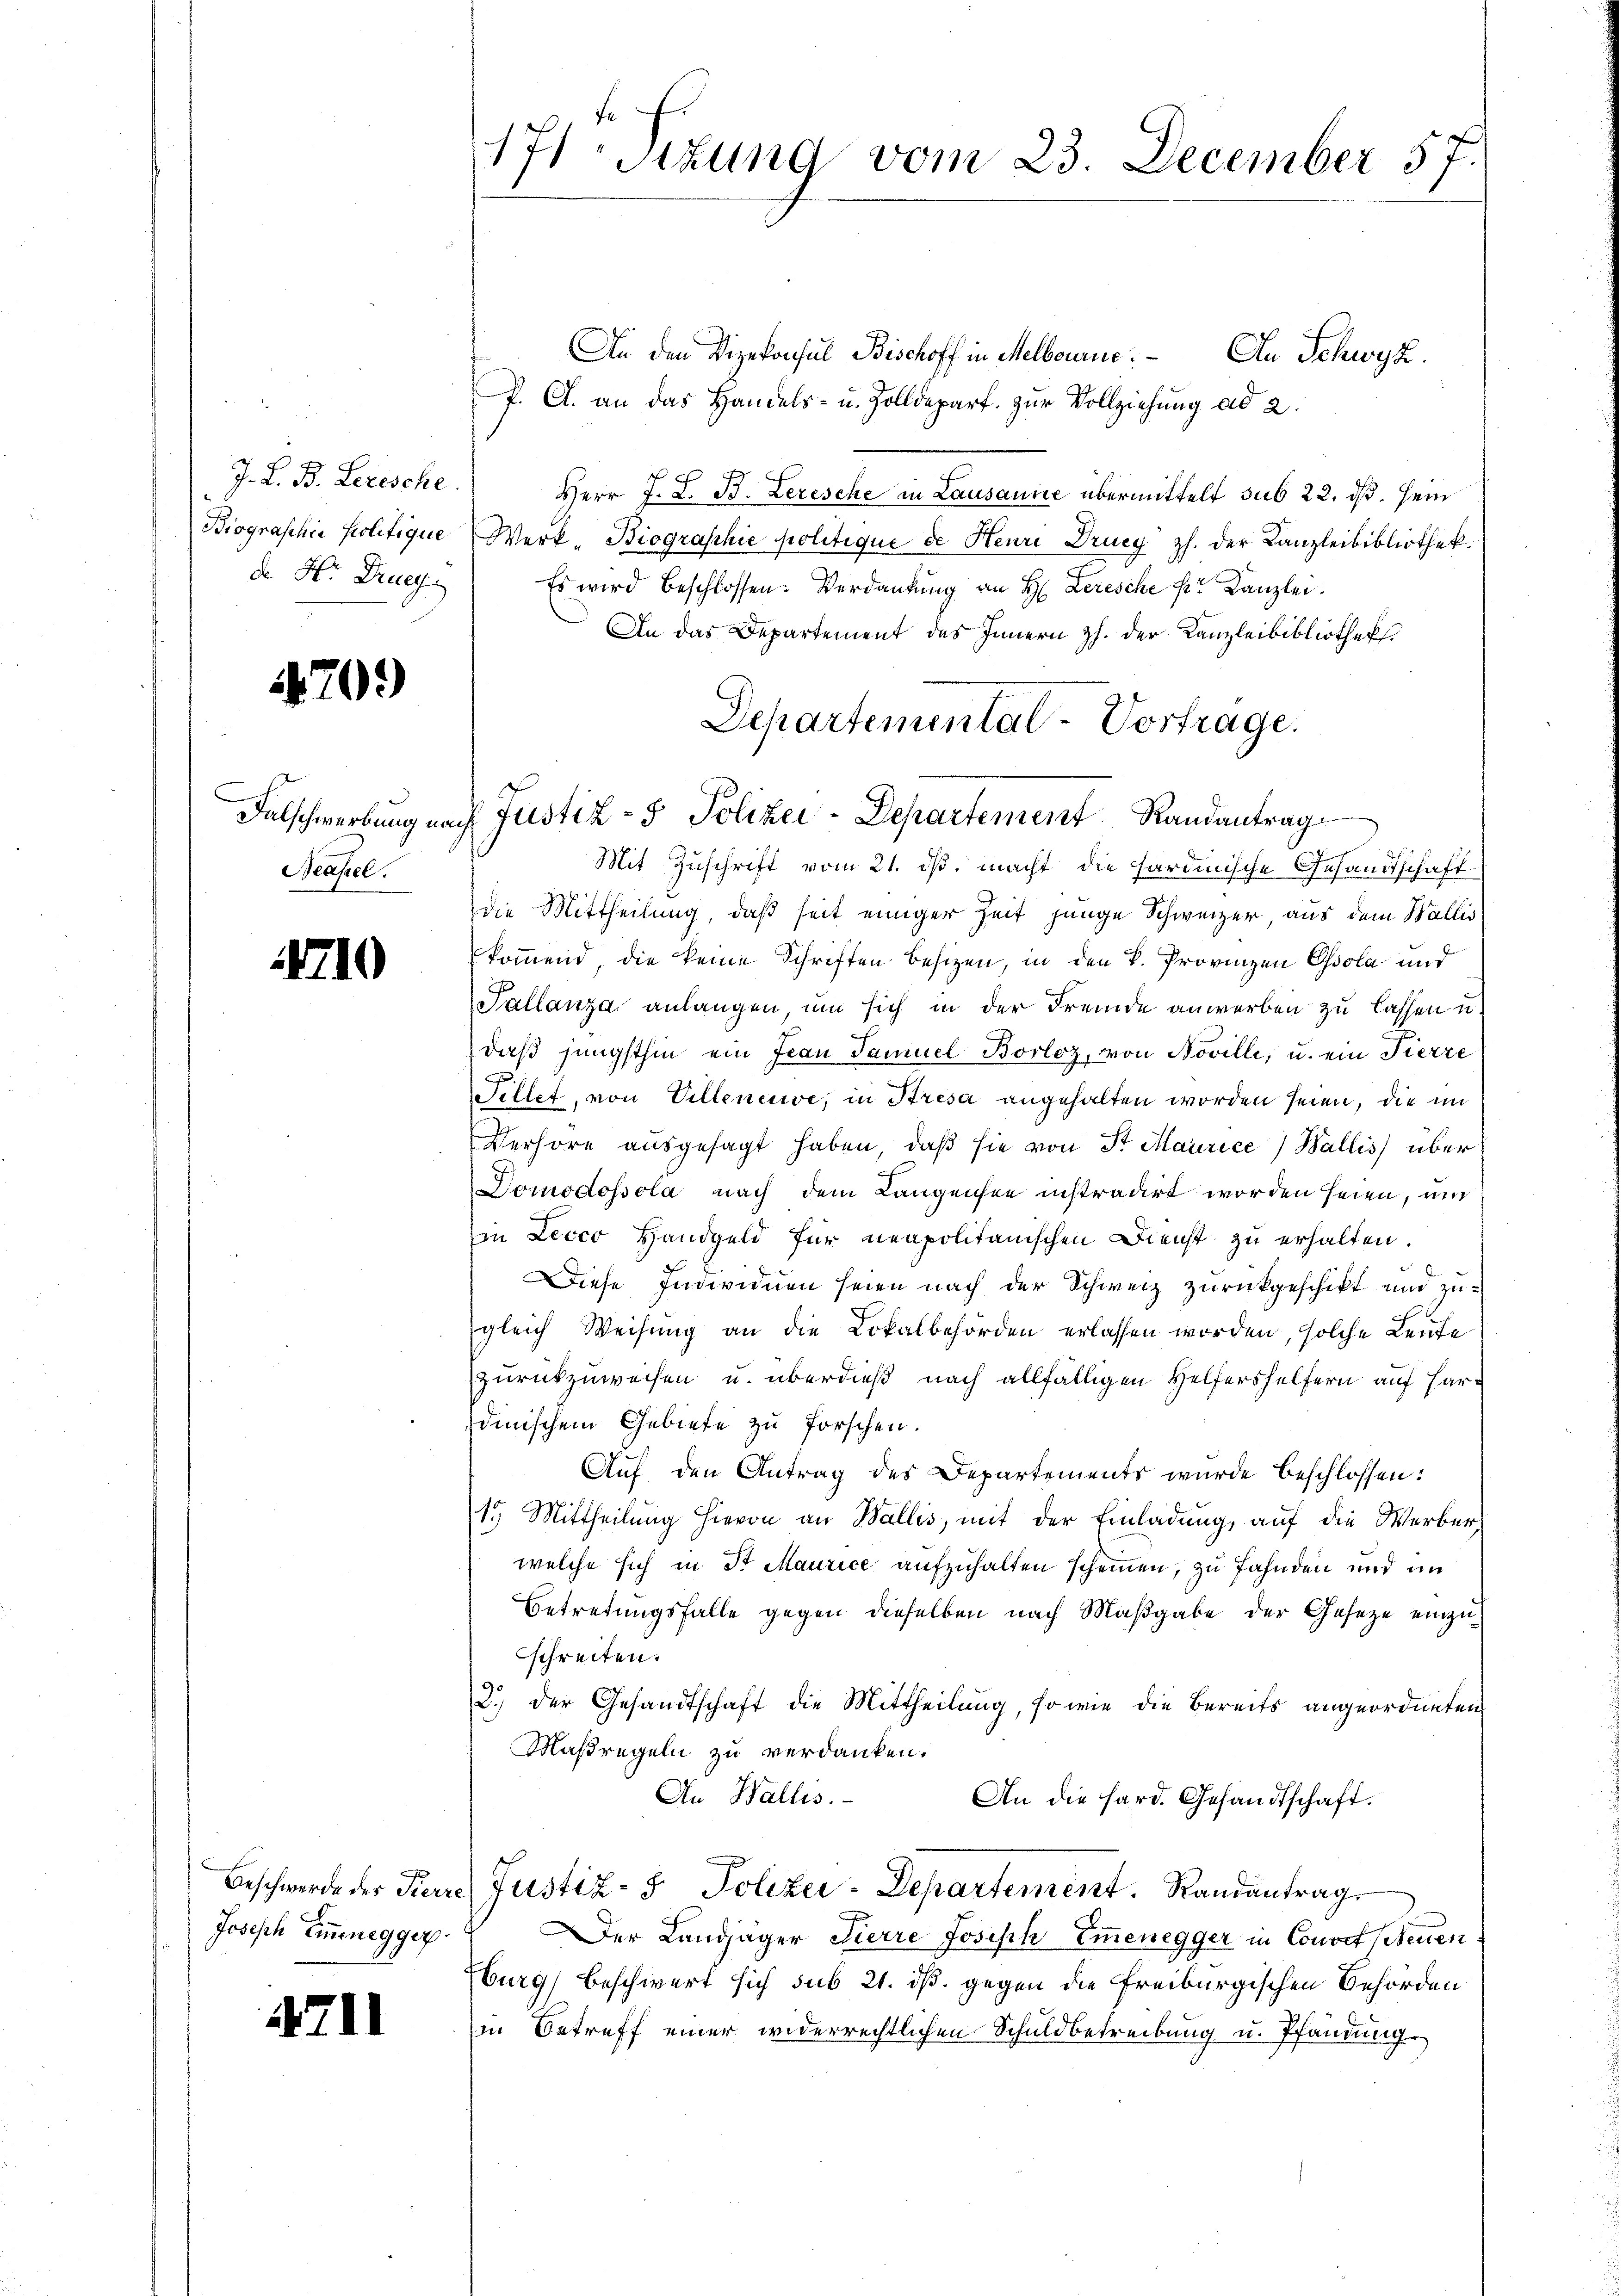
J. L. B. Lezesche.
de Hr. Drueg

470.)

Neapel.

410

Joseph Emmenegger.

4711

171 Sizung vom 23. December 57.

An den Vizekonsul Bischoff in Melbourne. An Schwyz.
P. C. an das Handels- u. Zolldepart. zŭr Vollziehung ad 2.
r
Herr J. L. B. Lerische in Lausanne übermittelt sub 22. ds. sein
Biograschie politique Werk- Biographie politique de Heuri Drucy z. der Kanzleibibliothek.
Es wird beschlossen: Verdankŭng an H: Lerische k. Kanzlei.
An das Departement des Innern H. der Kanzleibibliothek
Mit Zuschrift vom 21. ist, macht die hardinische Gesandtschaft
die Mittheilung, daß seit einiger Zeit junge Schweizer aus dem Wallis
kommend, die keine Schriften besizen, in den k. Provinzen Ossola und
Pallanza anlangen, um sich in der Fremde anwerben zu lassen u.
daß jüngsthin ein Frau Samuel Borloz, von Noville, u. ein Fierze
m d
Fellet, von Villeneuve, in Stresa angehalten worden seien, die im
Verhöre ausgesagt haben, daβ sie von St. Maurice) Wallis) über
Domodossola nach dem Langensee instradirt worden seien, und
in Lecco Handgeld für neapolitanischen Dienst zu erhalten.
Diese Individuen seien nach der Schweiz zurückgeschikt und zugleich Weisung an die Lokalbehörden erlassen worden, solche Leute
zurückzuweisen u. überdieß nach allfälligen Helfershelfern auf hardinischem Gebiete zu forschen.
Auf den Antrag des Departements wurde beschlossen:
15 Mittheilung hievon an Wallis, mit der Einladung, auf die Werber
welche sich in St. Maurice aufzuhalten scheinen, zu fahnden und im
Betretungsfalle gegen dieselben nach Maßgabe der Gesetze einzuschreiten.
2.) Der Gesandtschaft die Mittheilung, so wie die Bereits angeordneten
Maßregeln zu verdanken.
An Wallis.
An die Hard. Gesandtschaft.
Beschwerde des Pierre Justiz- & Polizei-Departement. Randantrags
Der Landjäger Fierre Josisch Emmenegger in Convet Neuen
burg) beschwert sich sub 21. ds. gegen die Freiburgischen Behörden
in Betreff einer widerrechtlichen Schuldbetreibung u. Pfandung.

Departemental-Vortrage.
Falschwerbung nach Justiz- & Polizei-Departement Randantrag